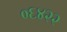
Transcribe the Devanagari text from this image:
०६४२२